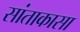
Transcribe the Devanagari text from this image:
सांताकासा